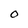
Character: O